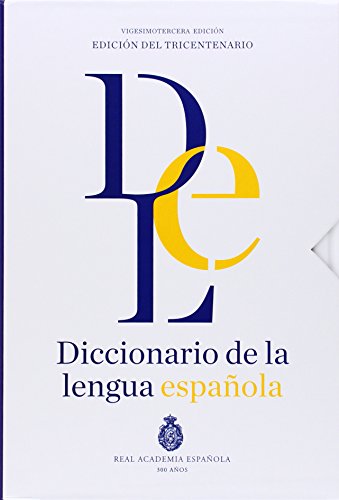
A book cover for Diccionario de la lengua EspaÃ±ola RAE 23a. EdiciÃ³n, 1 vol. (Spanish Edition); Real Academia de la Lengua EspaÃ±ola; Reference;